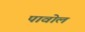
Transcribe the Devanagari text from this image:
पावोल